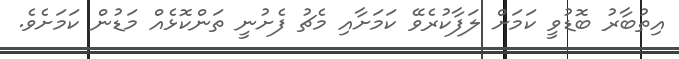
އިތުބާރު ބޮޑުވީ ކަމަށް ލަފާކުރެވޭ ކަމަށާއި މެޗު ފެށުނީ ތަންކޮޅެއް މަޑުން ކަމަށެވެ.